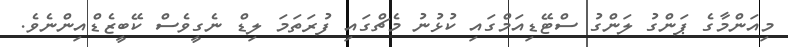
މިއަންމާގެ ޕަންގު ލަންގު ސްޓޭޑިއަމްގައި ކުޅުނު މެޗްގައި ފުރަތަމަ ލިޑް ނެގީވެސް ކޭބީޒެޑްއިންނެވެ.